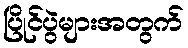
ပြိုင်ပွဲများအတွက်